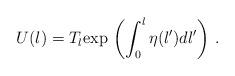
LaTeX: \begin{align*}U(l)=T_l {\rm exp}\, \left(\int_0^l \eta(l')dl'\right)\,.\end{align*}